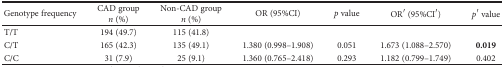
| Genotype frequency | CAD groupn (%) | Non-CAD groupn (%) | OR (95%CI) | p value | OR′ (95%CI′) | p′ value |
 | --- | --- | --- | --- | --- | --- | --- |
 | T/T | 194 (49.7) | 115 (41.8) |  |  |  |  |
 | C/T | 165 (42.3) | 135 (49.1) | 1.380 (0.998–1.908) | 0.051 | 1.673 (1.088–2.570) | 0.019 |
 | C/C | 31 (7.9) | 25 (9.1) | 1.360 (0.765–2.418) | 0.293 | 1.182 (0.799–1.749) | 0.402 |